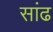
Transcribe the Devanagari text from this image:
सांढ